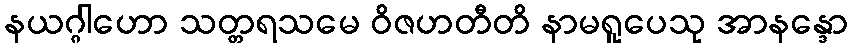
နယဂ္ဂါဟော သတ္တရသမေ ဝိဇဟတီတိ နာမရူပေသု အာနန္ဒော